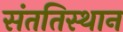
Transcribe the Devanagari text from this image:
संततिस्थान